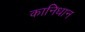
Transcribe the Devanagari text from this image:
कानिधान